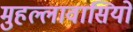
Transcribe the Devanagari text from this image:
मुहल्लावासियों